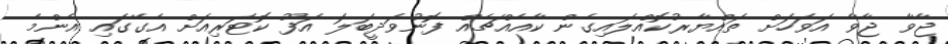
ޖާވާ ޖާވާ އަވަހަށް ތައްޔާރުކޮއްލައިގެން ކާއެއްޗެއް ފޮނުވަދީބަލަ އަފޫ ކޮޓަރިއަށް އެގޭގައި އެންމެ